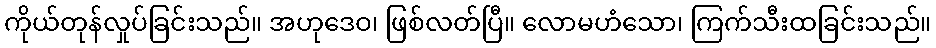
ကိုယ်တုန်လှုပ်ခြင်းသည်။ အဟုဒေဝ၊ ဖြစ်လတ်ပြီ။ လောမဟံသော၊ ကြက်သီးထခြင်းသည်။